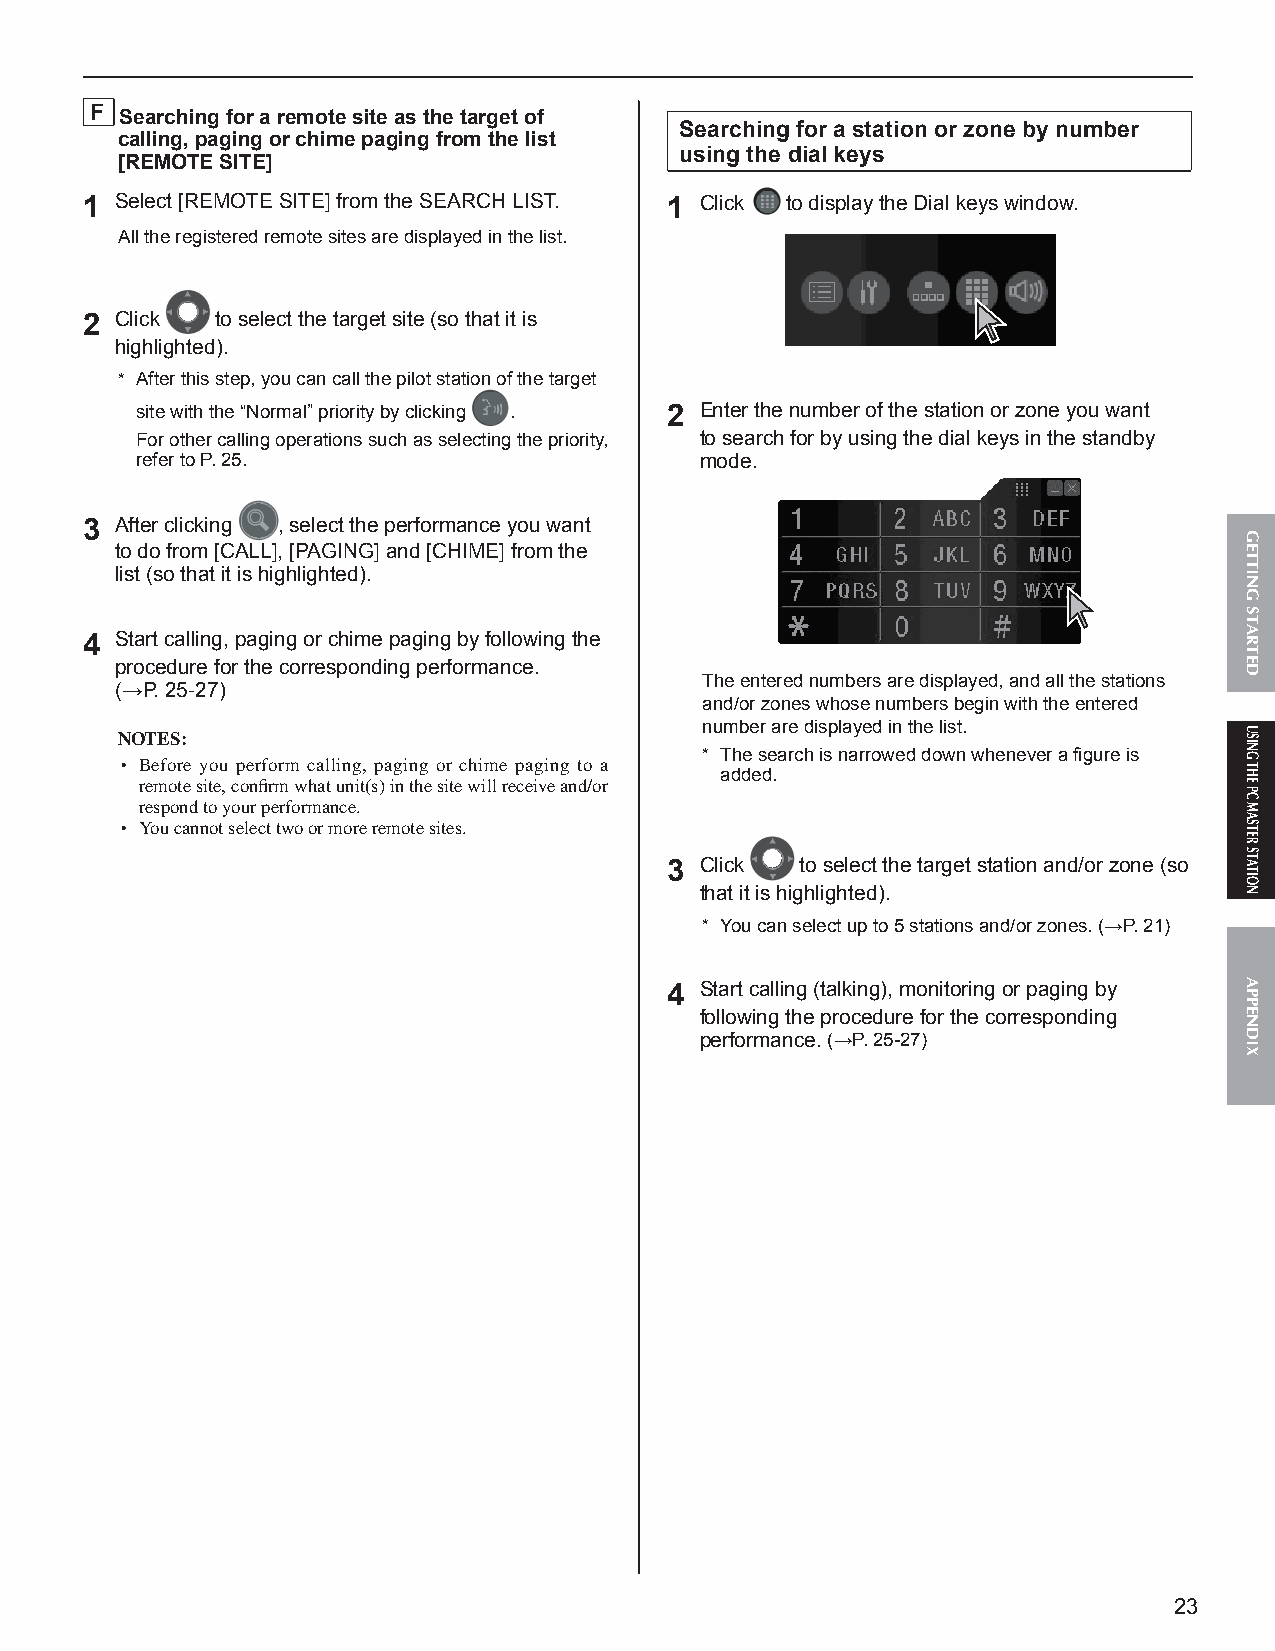
F Searching for a remote site as the target of
 Searching for a station or zone by number
 calling, paging or chime paging from the list
 using the dial keys
 [REMOTE SITE]
 1  Select [REMOTE SITE] from the SEARCH LIST. 1 Click to display the Dial keys window.
 All the registered remote sites are displayed in the list.
 2  Click to select the target site (so that it is
 highlighted).
 * After this step, you can call the pilot station of the target
 site with the “Normal” priority by clicking . 2 Enter the number of the station or zone you want
 For other calling operations such as selecting the priority, to search for by using the dial keys in the standby
 refer to P. 25.                      mode.
 3  After clicking , select the performance you want
 to do from [CALL], [PAGING] and [CHIME] from the
 list (so that it is highlighted).
 4  Start calling, paging or chime paging by following the
 procedure for the corresponding performance.
 The entered numbers are displayed, and all the stations
 (→P. 25-27)
 and/or zones whose numbers begin with the entered
 number are displayed in the list.
 NOTES:
 * The search is narrowed down whenever a fi gure is
 • Before you perform calling, paging or chime paging to a added.
 remote site, confi rm what unit(s) in the site will receive and/or
 respond to your performance.
 • You cannot select two or more remote sites.
 3 Click  to select the target station and/or zone (so
 that it is highlighted).
 * You can select up to 5 stations and/or zones. (→P. 21)
 4 Start calling (talking), monitoring or paging by
 following the procedure for the corresponding
 performance. (→P. 25-27)
 23
 GETTING
 STARTED
 USING
 THE
 PC
 MASTER
 STATION
 APPENDIX